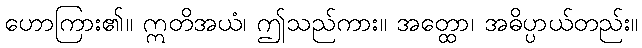
ဟောကြား၏။ ဣတိအယံ၊ ဤသည်ကား။ အတ္ထော၊ အဓိပ္ပာယ်တည်း။